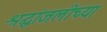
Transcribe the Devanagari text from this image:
श्रद्धांजलीच्या